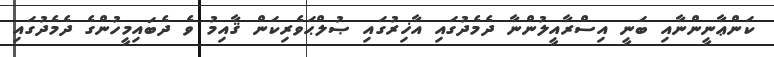
ކަންޢާނީންނާއި ބަނީ އިސްރާއީލުންނާ ދެމެދުގައި އާޚިރުގައި ޞުލްޙަވެރިކަން ޤާއިމު ވެ ދެބައިމީހުންގެ ދެމެދުގައި